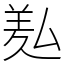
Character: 㕗